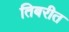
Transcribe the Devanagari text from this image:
तिबरीत